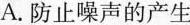
A.防止噪声的产生